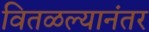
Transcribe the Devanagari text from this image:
वितळल्यानंतर